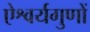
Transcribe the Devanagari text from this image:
ऐश्वर्यगुणों